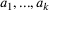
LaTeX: a _ { 1 } , . . . , a _ { k }